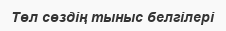
Төл сөздің тыныс белгілері